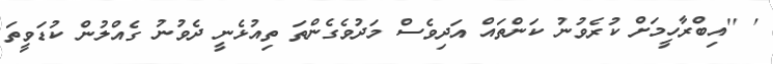
' ''އިބްރާހީމަށް ކުރެވުނު ކަންތައް އަދިވެސް މަދުވެގެންތަ ތިއުޅެނީ ދެވުނު ގެއްލުން ކުޑަވީތަ